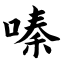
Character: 嗪